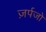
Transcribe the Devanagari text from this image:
ज़र्पजो